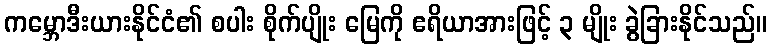
ကမ္ဘောဒီးယားနိုင်ငံ၏ စပါး စိုက်ပျိုး မြေကို ဧရိယာအားဖြင့် ၃ မျိုး ခွဲခြားနိုင်သည်။